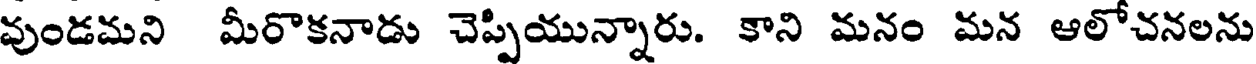
వుండమని మీరొకనాడు చెప్పియున్నారు. కాని మనం మన ఆలోచనలను